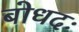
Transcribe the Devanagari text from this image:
बोधदः